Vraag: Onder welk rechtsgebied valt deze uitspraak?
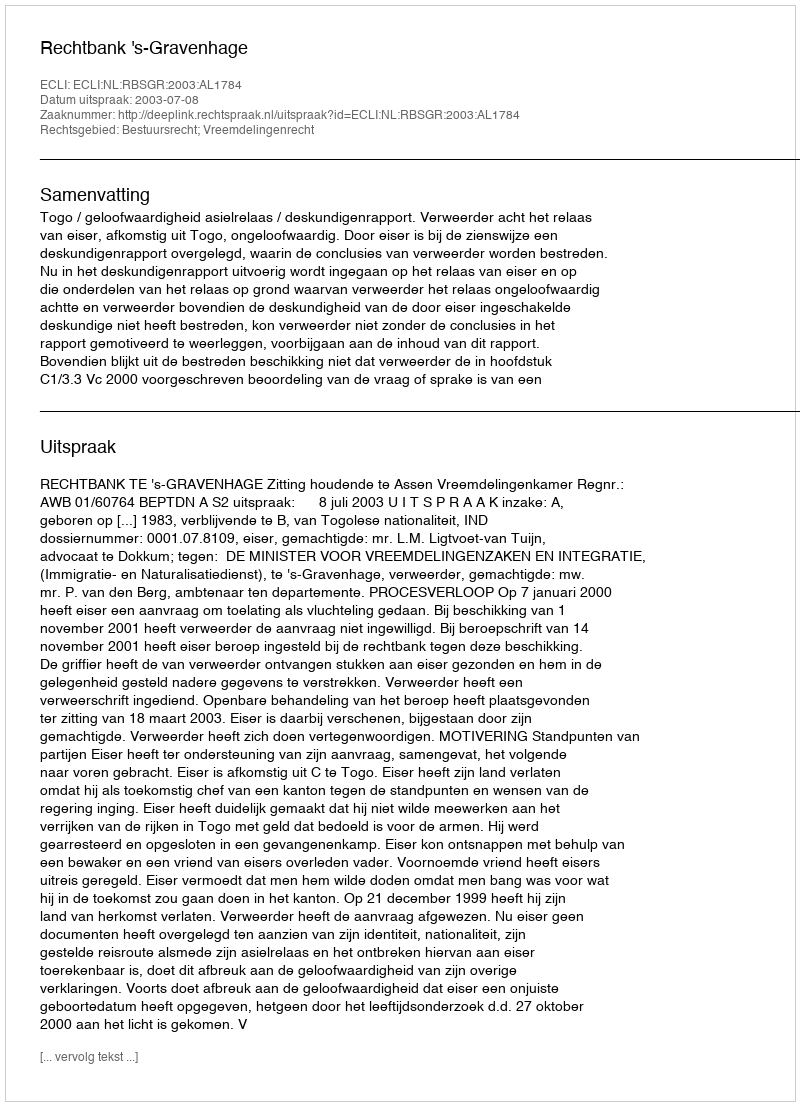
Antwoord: Bestuursrecht; Vreemdelingenrecht